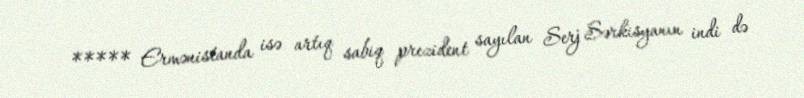
***** Ermənistanda isə artıq sabiq prezident sayılan Serj Sərkisyanın indi də